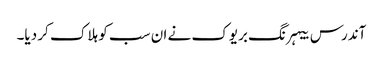
آندرس بیہرنگ بریوک نے ان سب کو ہلاک کر دیا۔